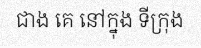
ជាង គេ នៅក្នុង ទីក្រុង